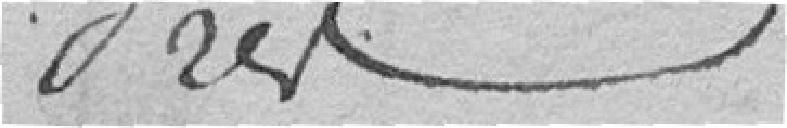
Frès